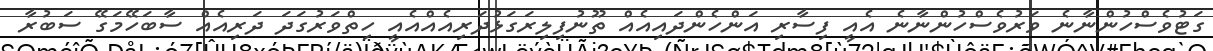
ގަޓުވެސްހުންނާނެ ވަރުވެސްހުންނާނެ އެއީ ފިސާރި އަންހެންދައިއެއް ތޫނުފިލިރަގަޅުދަރިއެއްއެއީ ހިތްވަރުގަދަ ދަރިއެއް ސާބަހޭމަގޭ ސަބުރާ